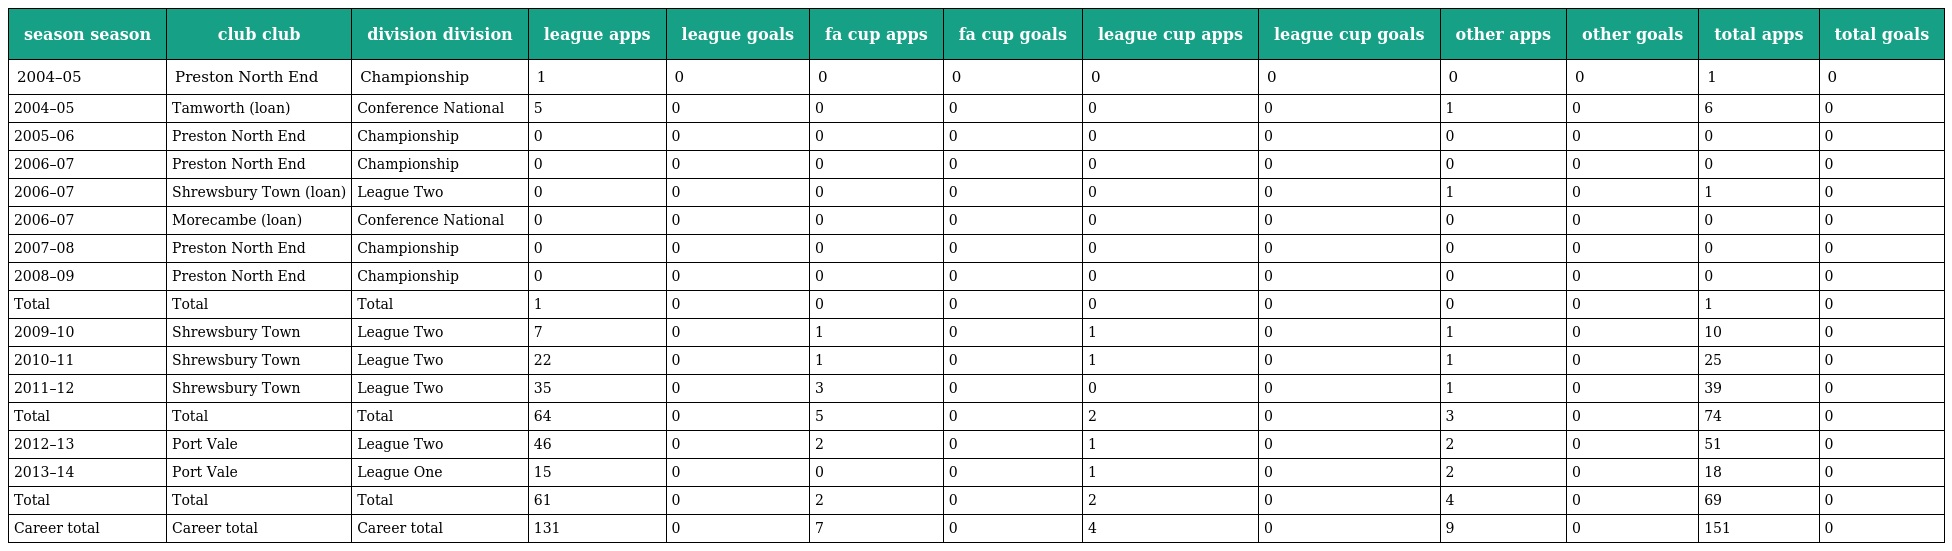
| season season | club club | division division | league apps | league goals | fa cup apps | fa cup goals | league cup apps | league cup goals | other apps | other goals | total apps | total goals |
 | --- | --- | --- | --- | --- | --- | --- | --- | --- | --- | --- | --- | --- |
 | 2004–05 | Preston North End | Championship | 1 | 0 | 0 | 0 | 0 | 0 | 0 | 0 | 1 | 0 |
 | 2004–05 | Tamworth (loan) | Conference National | 5 | 0 | 0 | 0 | 0 | 0 | 1 | 0 | 6 | 0 |
 | 2005–06 | Preston North End | Championship | 0 | 0 | 0 | 0 | 0 | 0 | 0 | 0 | 0 | 0 |
 | 2006–07 | Preston North End | Championship | 0 | 0 | 0 | 0 | 0 | 0 | 0 | 0 | 0 | 0 |
 | 2006–07 | Shrewsbury Town (loan) | League Two | 0 | 0 | 0 | 0 | 0 | 0 | 1 | 0 | 1 | 0 |
 | 2006–07 | Morecambe (loan) | Conference National | 0 | 0 | 0 | 0 | 0 | 0 | 0 | 0 | 0 | 0 |
 | 2007–08 | Preston North End | Championship | 0 | 0 | 0 | 0 | 0 | 0 | 0 | 0 | 0 | 0 |
 | 2008–09 | Preston North End | Championship | 0 | 0 | 0 | 0 | 0 | 0 | 0 | 0 | 0 | 0 |
 | Total | Total | Total | 1 | 0 | 0 | 0 | 0 | 0 | 0 | 0 | 1 | 0 |
 | 2009–10 | Shrewsbury Town | League Two | 7 | 0 | 1 | 0 | 1 | 0 | 1 | 0 | 10 | 0 |
 | 2010–11 | Shrewsbury Town | League Two | 22 | 0 | 1 | 0 | 1 | 0 | 1 | 0 | 25 | 0 |
 | 2011–12 | Shrewsbury Town | League Two | 35 | 0 | 3 | 0 | 0 | 0 | 1 | 0 | 39 | 0 |
 | Total | Total | Total | 64 | 0 | 5 | 0 | 2 | 0 | 3 | 0 | 74 | 0 |
 | 2012–13 | Port Vale | League Two | 46 | 0 | 2 | 0 | 1 | 0 | 2 | 0 | 51 | 0 |
 | 2013–14 | Port Vale | League One | 15 | 0 | 0 | 0 | 1 | 0 | 2 | 0 | 18 | 0 |
 | Total | Total | Total | 61 | 0 | 2 | 0 | 2 | 0 | 4 | 0 | 69 | 0 |
 | Career total | Career total | Career total | 131 | 0 | 7 | 0 | 4 | 0 | 9 | 0 | 151 | 0 |